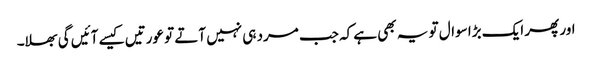
اور پھر ایک بڑا سوال تو یہ بھی ہے کہ جب مرد ہی نہیں آتے تو عورتیں کیسے آئیں گی بھلا۔